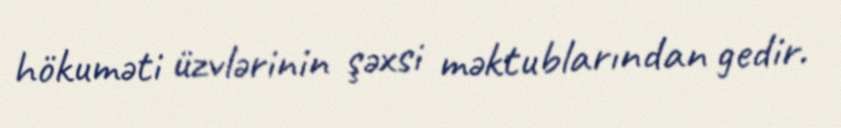
hökuməti üzvlərinin şəxsi məktublarından gedir.